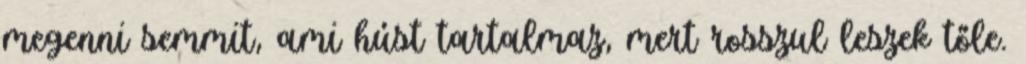
megenni semmit, ami húst tartalmaz, mert rosszul leszek tőle.